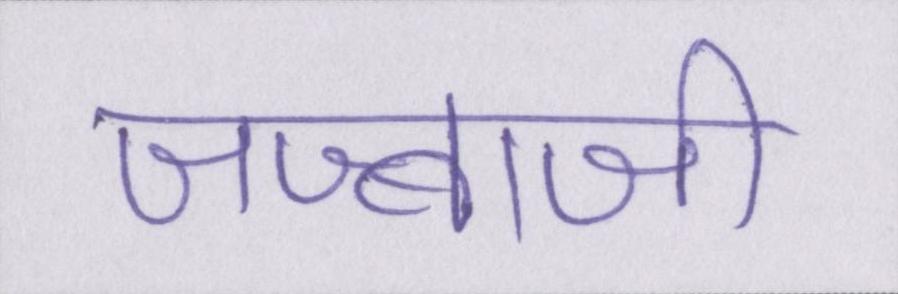
जज्बाजी